Lunatic asylums United Provinces 1899-1908 - 1899-1908
Year: 1899
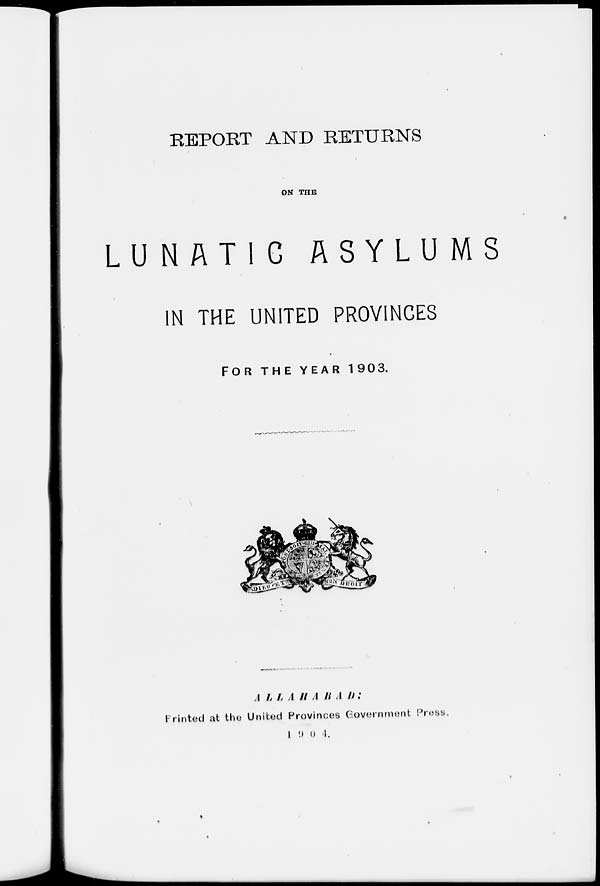
REPORT AND RETURNS
ON THE
LUNATIC
ASYLUMS
IN THE UNITED PROVINCES
FOR THE YEAR 1903.
ALLAHABAD :
Printed at the United Provinces Government Press.
1904.